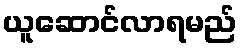
ယူဆောင်လာရမည်